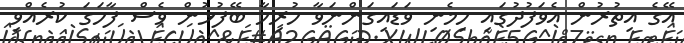
އޭގެ އިތުރުން އެވަފުދުގައި ހިމެނި ވަޑައިގަންނަވާ ހުރިހާ ބޭފުޅުން ވެސް ފާހަގަ ކުރެއްވި